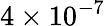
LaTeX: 4\times 10^{-7}